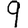
Digit: 9